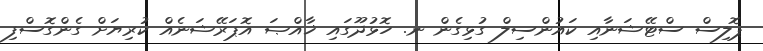
ޕޮލިސް ސްޓޭޝަނާއި ކައުންސިލް ގުޅިގެން ނ. ހޮޅުދޫގައި ޚާއްޞަ އޮޕަރޭޝަނެއް ކުރިޔަށް ގެންގޮސްފި